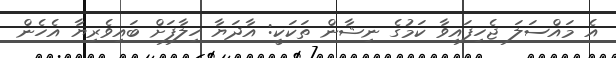
އެ މައްސަލަ ޖެހިފައިވާ ކަމުގެ ނިޝާން ތަކަކީ: އާދަޔާ ހިލާފަށް ބައިވެރިޔާ އެހެން